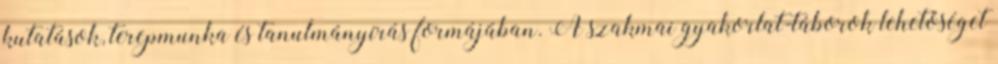
kutatások, terepmunka és tanulmányírás formájában. A szakmai gyakorlat-táborok lehetőséget